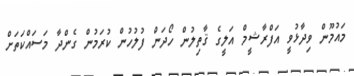
މައުމޫން ވިދާޅުވީ އަފްރާޝީމް އަލީގެ ޤާތިލުން ހޯދަން ފުލުހުން ކުރަމުން ގެންދާ މަސައްކަތަށް